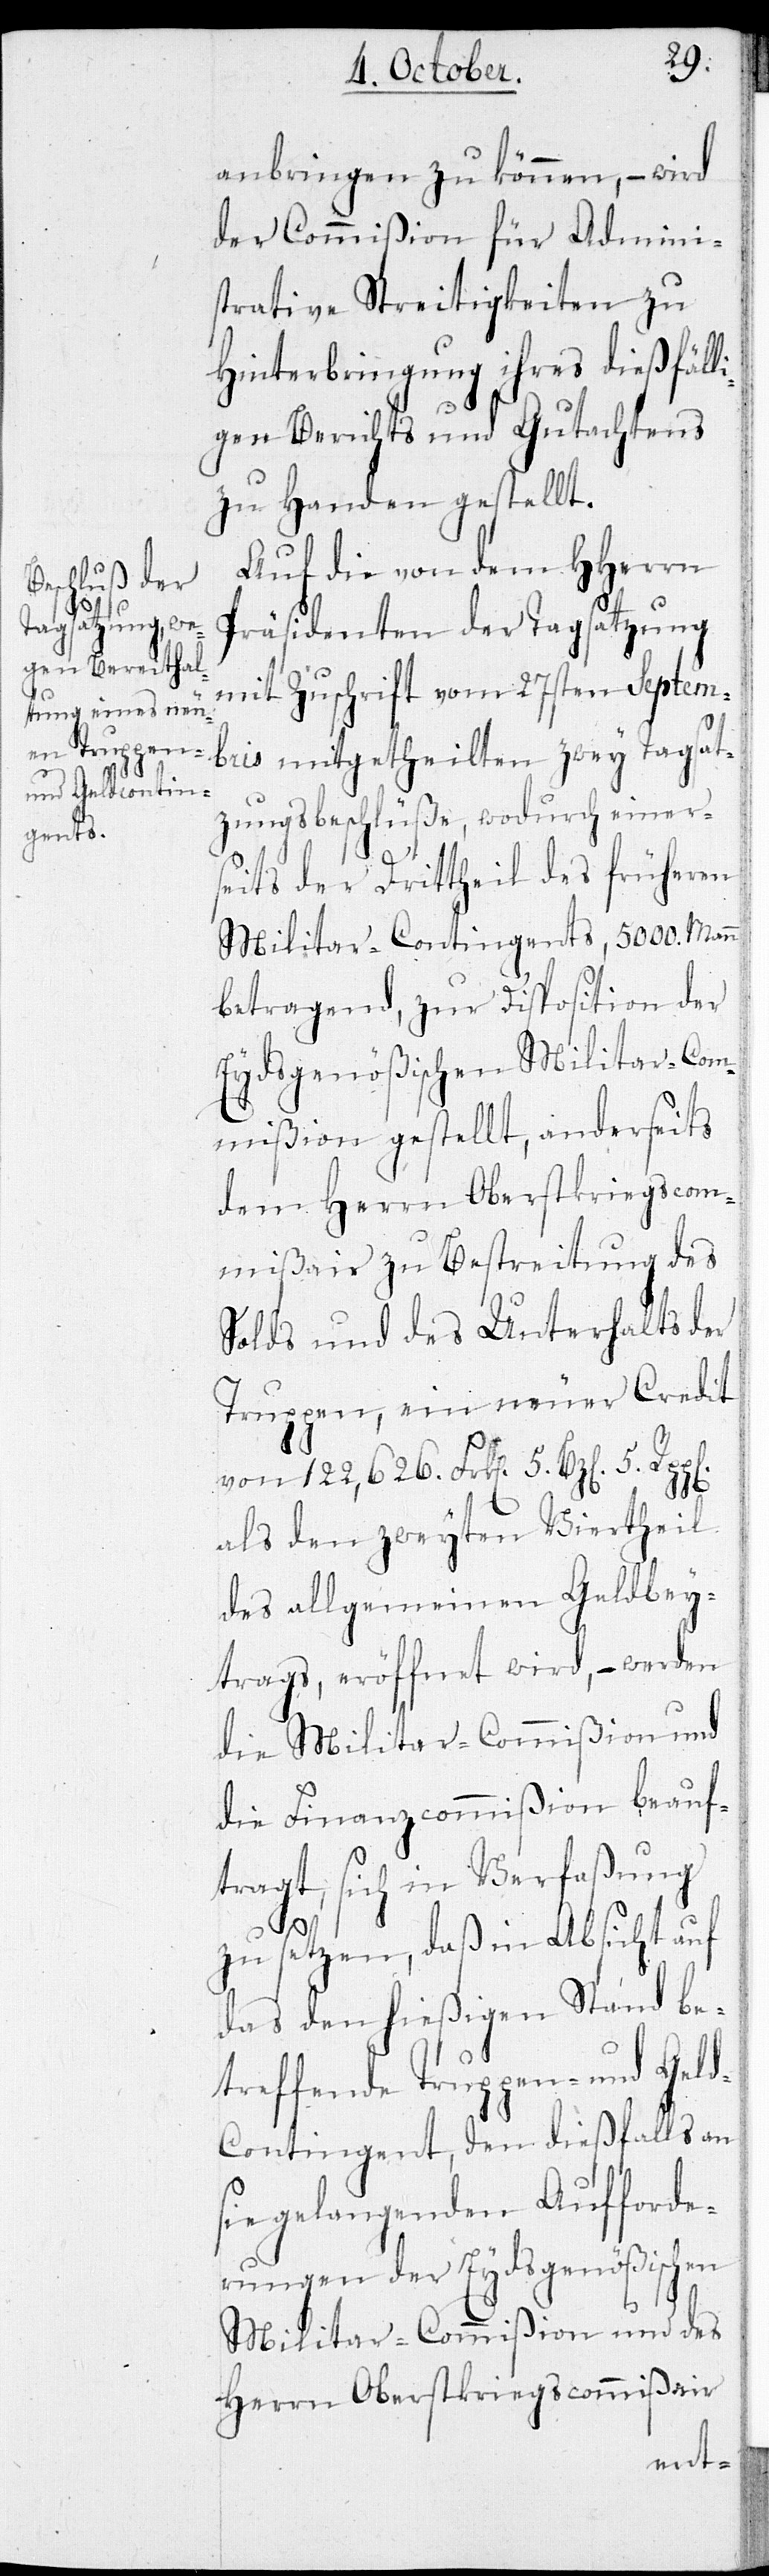
anbringen zu können, – wird
der Commißion für Admini¬
strative Streitigkeiten zu
Hinterbringung ihres dießfäll¬
igen Berichts und Gutachtens
zu Handen gestellt.
Auf die von dem HHerrn
Präsidenten der Tagsatzung
mit Zuschrift vom 27sten Septem¬
bris mitgetheilten zwey Tagsat¬
zungsbeschlüße, wodurch einer¬
seits der Drittheil des früheren
Militar-Contingents, 5000. Mann
betragend, zur Disposition der
Eydsgenößischen Militar-Com¬
mißion gestellt, anderseits
dem Herrn Oberstkriegscom¬
mißair zu Bestreitung des
Solds und des Unterhalts der
Truppen, ein neuer Credit
von 122,626. Frk[en]., 5.
als den zweyten Viertheil
des allgemeinen Geldbey¬
trags, eröffnet wird, – werden
die Militar-Commißion und
die Finanzcommißion beauf¬
tragt, sich in Verfaßung
zu setzen, daß in Absicht auf
das den hießigen Stand be¬
treffende Truppen- und Gel¬
d-Contingent, den dießfalls an
sie gelangenden Aufforde¬
rungen der Eydsgenößischen
Militar-Commißion und des
Herrn Oberstkriegscommißair